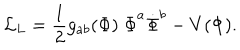
{ \cal L } _ { L } = { \frac { 1 } { 2 } } g _ { a b } ( \Phi ) \; \dot { \Phi } ^ { a } \dot { \Phi } ^ { b } - V ( \Phi ) .